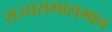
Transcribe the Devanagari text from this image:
राज्यसभासमान